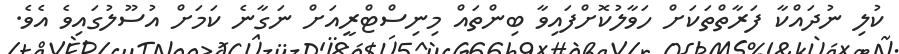
ކުލި ނުދައްކާ ފަރާތްތަކަށް ހަވާލުކޮށްފައިވާ ބިންތައް މިނިސްޓްރީއަށް ނަގާނެ ކަމަށް އުސޫލުގައިވެ އެވެ.